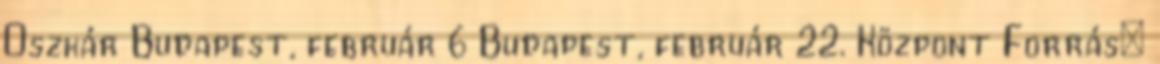
Oszkár Budapest, február 6 Budapest, február 22. Központ Forrás: